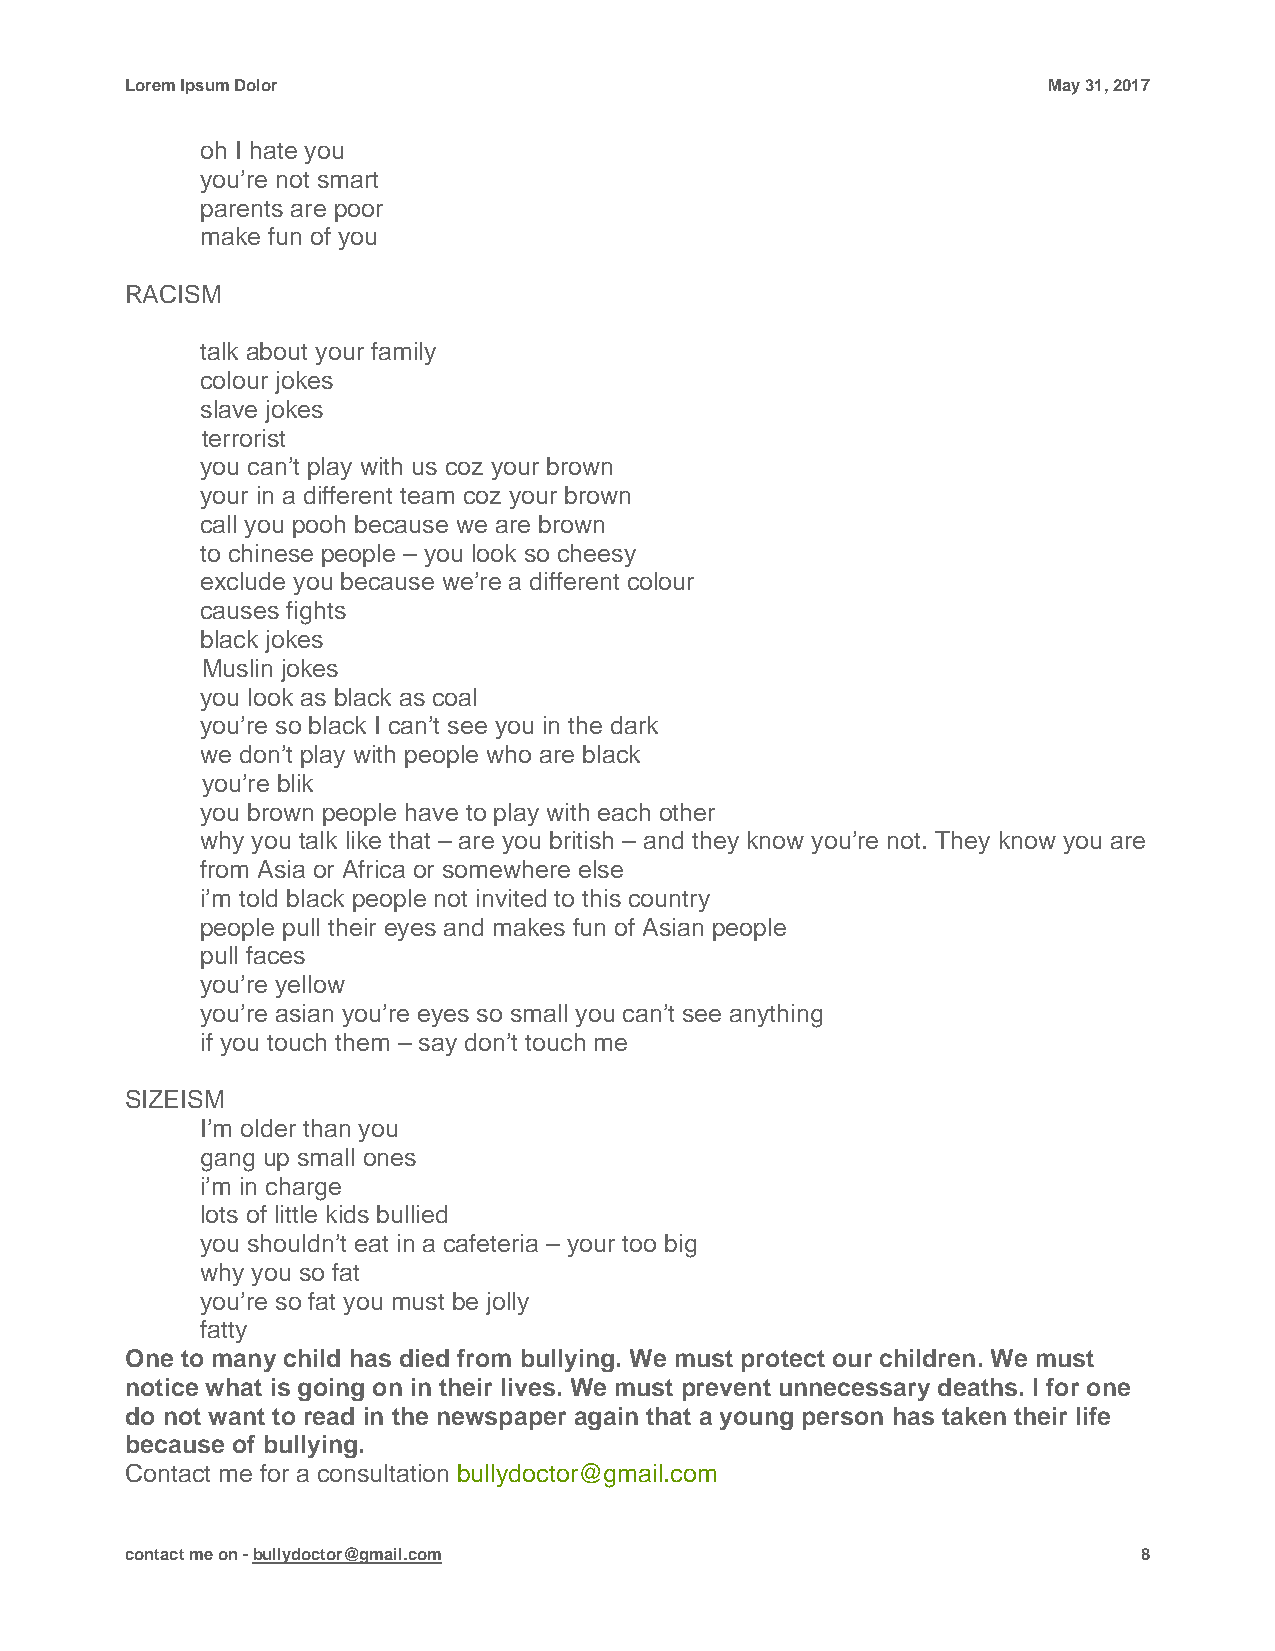
Lorem Ipsum Dolor                                            May 31, 2017
 oh I hate you
 you’re not smart
 parents are poor
 make fun of you
 RACISM
 talk about your family
 colour jokes
 slave jokes
 terrorist
 you can’t play with us coz your brown
 your in a different team coz your brown
 call you pooh because we are brown
 to chinese people – you look so cheesy
 exclude you because we’re a different colour
 causes fights
 black jokes
 Muslin jokes
 you look as black as coal
 you’re so black I can’t see you in the dark
 we don’t play with people who are black
 you’re blik
 you brown people have to play with each other
 why you talk like that – are you british – and they know you’re not. They know you are
 from Asia or Africa or somewhere else
 i’m told black people not invited to this country
 people pull their eyes and makes fun of Asian people
 pull faces
 you’re yellow
 you’re asian you’re eyes so small you can’t see anything
 if you touch them – say don’t touch me
 SIZEISM
 I’m older than you
 gang up small ones
 i’m in charge
 lots of little kids bullied
 you shouldn’t eat in a cafeteria – your too big
 why you so fat
 you’re so fat you must be jolly
 fatty
 One to many child has died from bullying. We must protect our children. We must
 notice what is going on in their lives. We must prevent unnecessary deaths. I for one
 do not want to read in the newspaper again that a young person has taken their life
 because of bullying.
 Contact me for a consultation bullydoctor@gmail.com
 contact me on - bullydoctor@gmail.com                               8